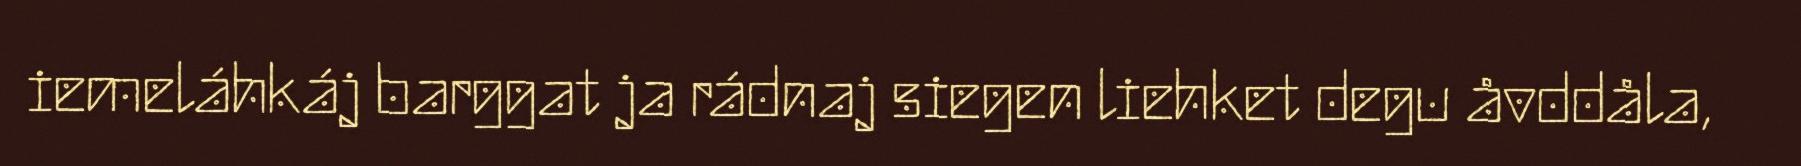
iemeláhkáj barggat ja rádnaj siegen liehket degu åvddåla,